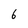
Character: 6